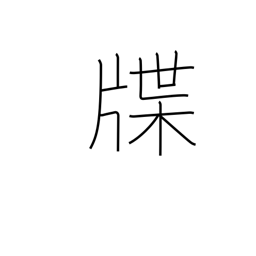
Meaning: genealogy